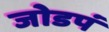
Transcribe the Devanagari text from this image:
जोडपं